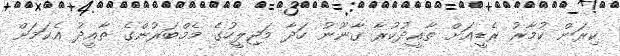
ކިރަން ކުމާރު ރެޑީއަށް ތާއީދުކުރާ ގާނޫނު ހަދާ މަޖިލީހުގެ މެމްބަރުންގެ ތާއީދު އެކަމަށް